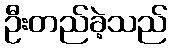
ဦးတည်ခဲ့သည်